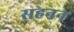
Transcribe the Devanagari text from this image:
सहनन